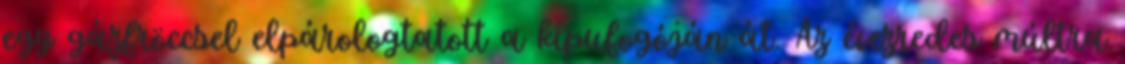
egy gázfröccsel elpárologtatott a kipufogóján át. Az évezredes múltra